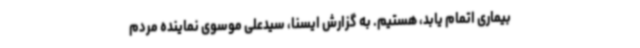
بیماری اتمام یابد، هستیم. به گزارش ایسنا، سیدعلی موسوی نماینده مردم